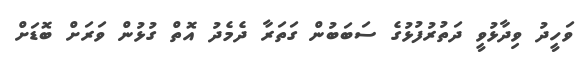
ވަހީދު ވިދާޅުވީ ދަތުރުފުޅުގެ ސަބަބުން ގަތަރާ ދެމެދު އޮތް ގުޅުން ވަރަށް ބޮޑަށް